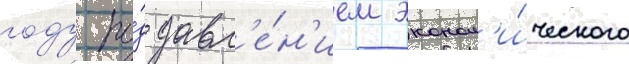
году по́д давл'е́н'ием эконом'и́ческого